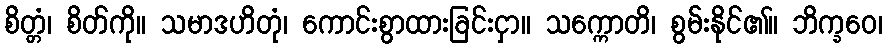
စိတ္တံ၊ စိတ်ကို။ သမာဒဟိတုံ၊ ကောင်းစွာထားခြင်းငှာ။ သက္ကောတိ၊ စွမ်းနိုင်၏။ ဘိက္ခဝေ၊